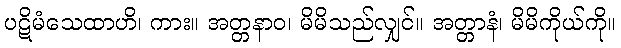
ပဋိမံသေထာဟိ၊ ကား။ အတ္တနာဝ၊ မိမိသည်လျှင်။ အတ္တာနံ၊ မိမိကိုယ်ကို။